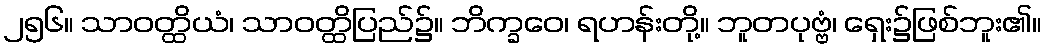
၂၅၆။ သာဝတ္ထိယံ၊ သာဝတ္ထိပြည်၌။ ဘိက္ခဝေ၊ ရဟန်းတို့။ ဘူတပုဗ္ဗံ၊ ရှေး၌ဖြစ်ဘူး၏။